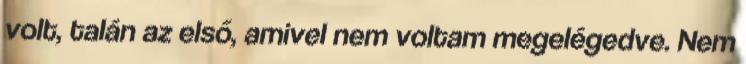
volt, talán az első, amivel nem voltam megelégedve. Nem